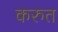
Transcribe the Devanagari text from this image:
करुत